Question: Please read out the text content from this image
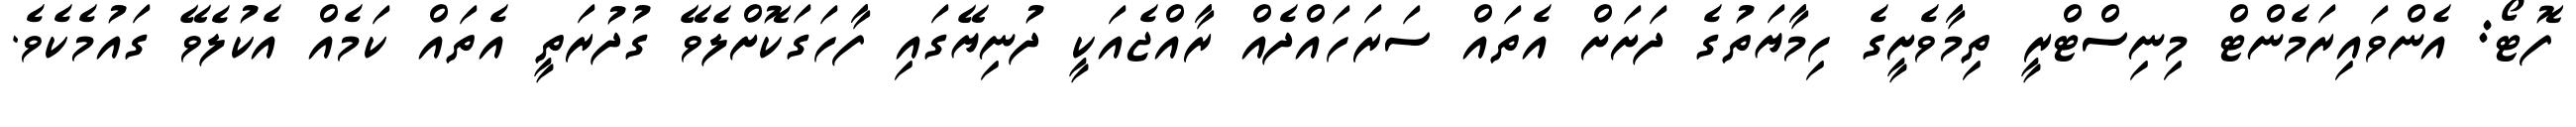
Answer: ފޮޓޯ: އެންވައިރަމެންޓް މިނިސްޓްރީ ތިމާވެށީގެ ހިމާޔަތުގެ ދަށަށް އެތައް ސަރަހައްދެއް ރާއްޖެއަކީ ދުނިޔޭގައި ފާހަގަކޮށްލެވޭ ގުދުރަތީ އެތައް ކަމެއް އެކުލެވޭ ގައުމެކެވެ.